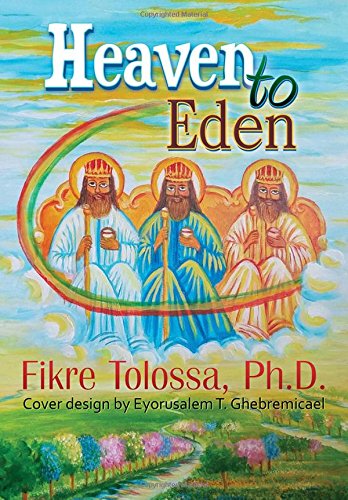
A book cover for Heaven to Eden; Ph.D. Fikre Tolossa; Literature & Fiction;